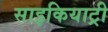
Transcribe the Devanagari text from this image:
साइकियाट्री